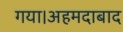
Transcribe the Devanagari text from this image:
गया।अहमदाबाद